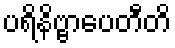
ပရိနိဗ္ဗာပေတီတိ